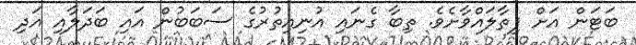
ބަޓަން އަށް ފިތާލައްވާށެވެ. ތިބާ ގެނައި އުނިއިތުރުގެ ސަބަބުން އައި ބަދަލާއި އަދި